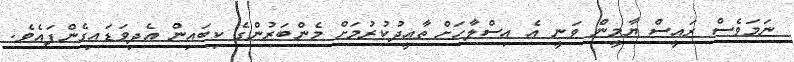
ނަމަވެސް ރައީސް ޔާމީން ވަނީ އެ އިސްލާހަށް ތާއީދުކުރުމަށް މެންބަރުންގެ ކިބައިން އެދިވަޑައިގެންފައެވެ.